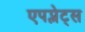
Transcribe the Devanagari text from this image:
एपप्लेट्स